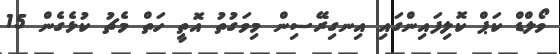
ވޯލްޑް ކަޕް ކޮލިފައިންގައި އިނގިރޭސިން މިވަގުތު އޮތީ ހަތް މެޗު ކުޅެގެން 15